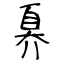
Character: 奡